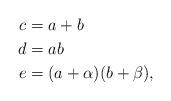
LaTeX: \begin{align*}c&=a+b \\ d&=ab \\ e&=(a+\alpha)(b+\beta), \end{align*}